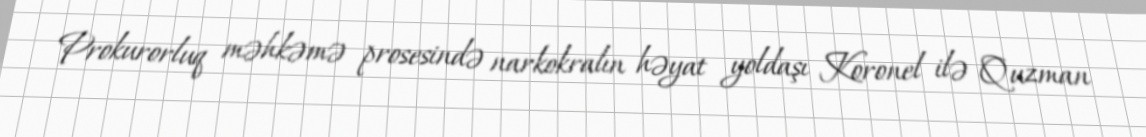
Prokurorluq məhkəmə prosesində narkokralın həyat yoldaşı Koronel ilə Quzman